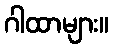
ဂါထာများ။